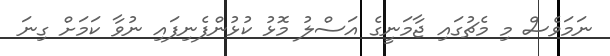
ނަމަވެސް މި މެޗުގައި ޖާމަނީގެ އަސްލު މޮޅު ކުޅުންފެނިފައި ނުވާ ކަމަށް ގިނަ